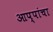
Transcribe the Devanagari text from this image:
आप्पांचा